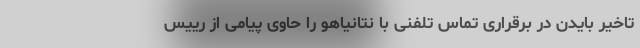
تاخیر بایدن در برقراری تماس تلفنی با نتانیاهو را حاوی پیامی از رییس